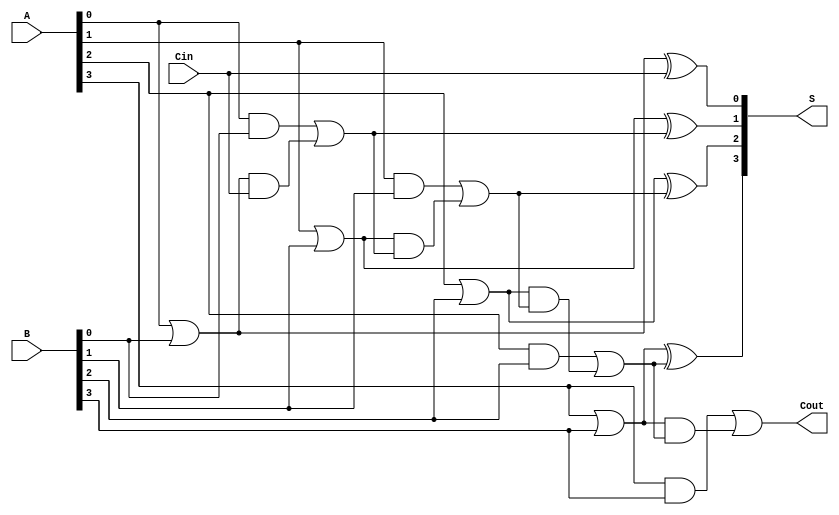
module CLA #(parameter n = 4) (
    input  [n-1:0] A,      // First n-bit input
    input  [n-1:0] B,      // Second n-bit input
    input          Cin,     // Carry-in
    output [n-1:0] S,      // n-bit sum output
    output         Cout     // Carry-out
);

    // Generate and Propagate signals
    wire [n-1:0] G; // Generate signals
    wire [n-1:0] P; // Propagate signals
    wire [n:0] C;   // Carry signals

    // Generate and Propagate Logic
    genvar i;
    generate
        for (i = 0; i < n; i = i + 1) begin: gen_prop
            assign G[i] = A[i] & B[i];     // Generate
            assign P[i] = A[i] | B[i];     // Propagate
        end
    endgenerate

    // Carry Logic
    assign C[0] = Cin; // Initial carry input
    generate
        for (i = 0; i < n; i = i + 1) begin: carry_logic
            if (i == 0) begin
                assign C[i + 1] = G[i] | (P[i] & C[i]); // C1
            end else begin
                assign C[i + 1] = G[i] | (P[i] & C[i]); // Ci+1
            end
        end
    endgenerate

    // Sum Calculation
    generate
        for (i = 0; i < n; i = i + 1) begin: sum_logic
            assign S[i] = P[i] ^ C[i]; // Sum
        end
    endgenerate

    // Carry-out
    assign Cout = C[n];

endmodule